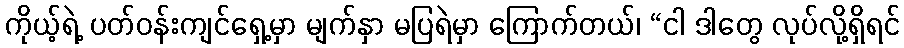
ကိုယ့်ရဲ့ ပတ်ဝန်းကျင်ရှေ့မှာ မျက်နှာ မပြရဲမှာ ကြောက်တယ်၊ “ငါ ဒါတွေ လုပ်လို့ရှိရင်